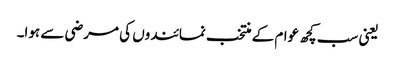
یعنی سب کچھ عوام کے منتخب نمائندوں کی مرضی سے ہوا۔